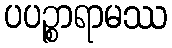
ပပဉ္စာရာမဿ